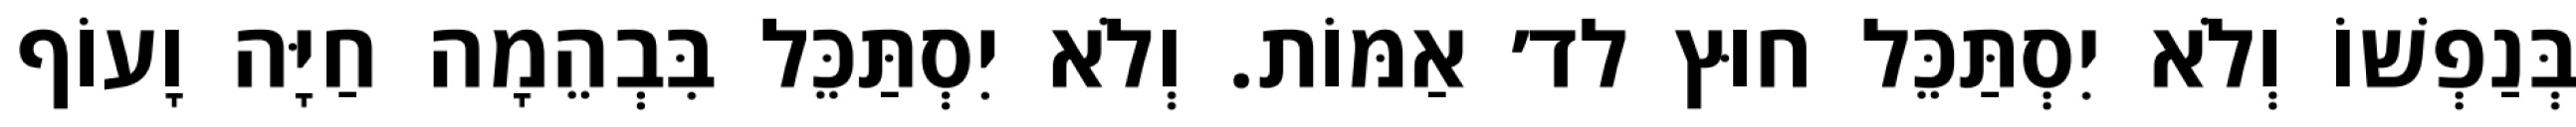
בְּנַפְשׁוֹ וְלֹא יִסְתַּכֵּל חוּץ לד׳ אַמּוֹת. וְלֹא יִסְתַּכֵּל בִּבְהֵמָה חַיָּה וָעוֹף